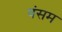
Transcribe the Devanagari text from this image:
वंसम